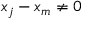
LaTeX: x _ { j } - x _ { m } \neq 0